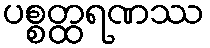
ပစ္စတ္ထရဏဿ